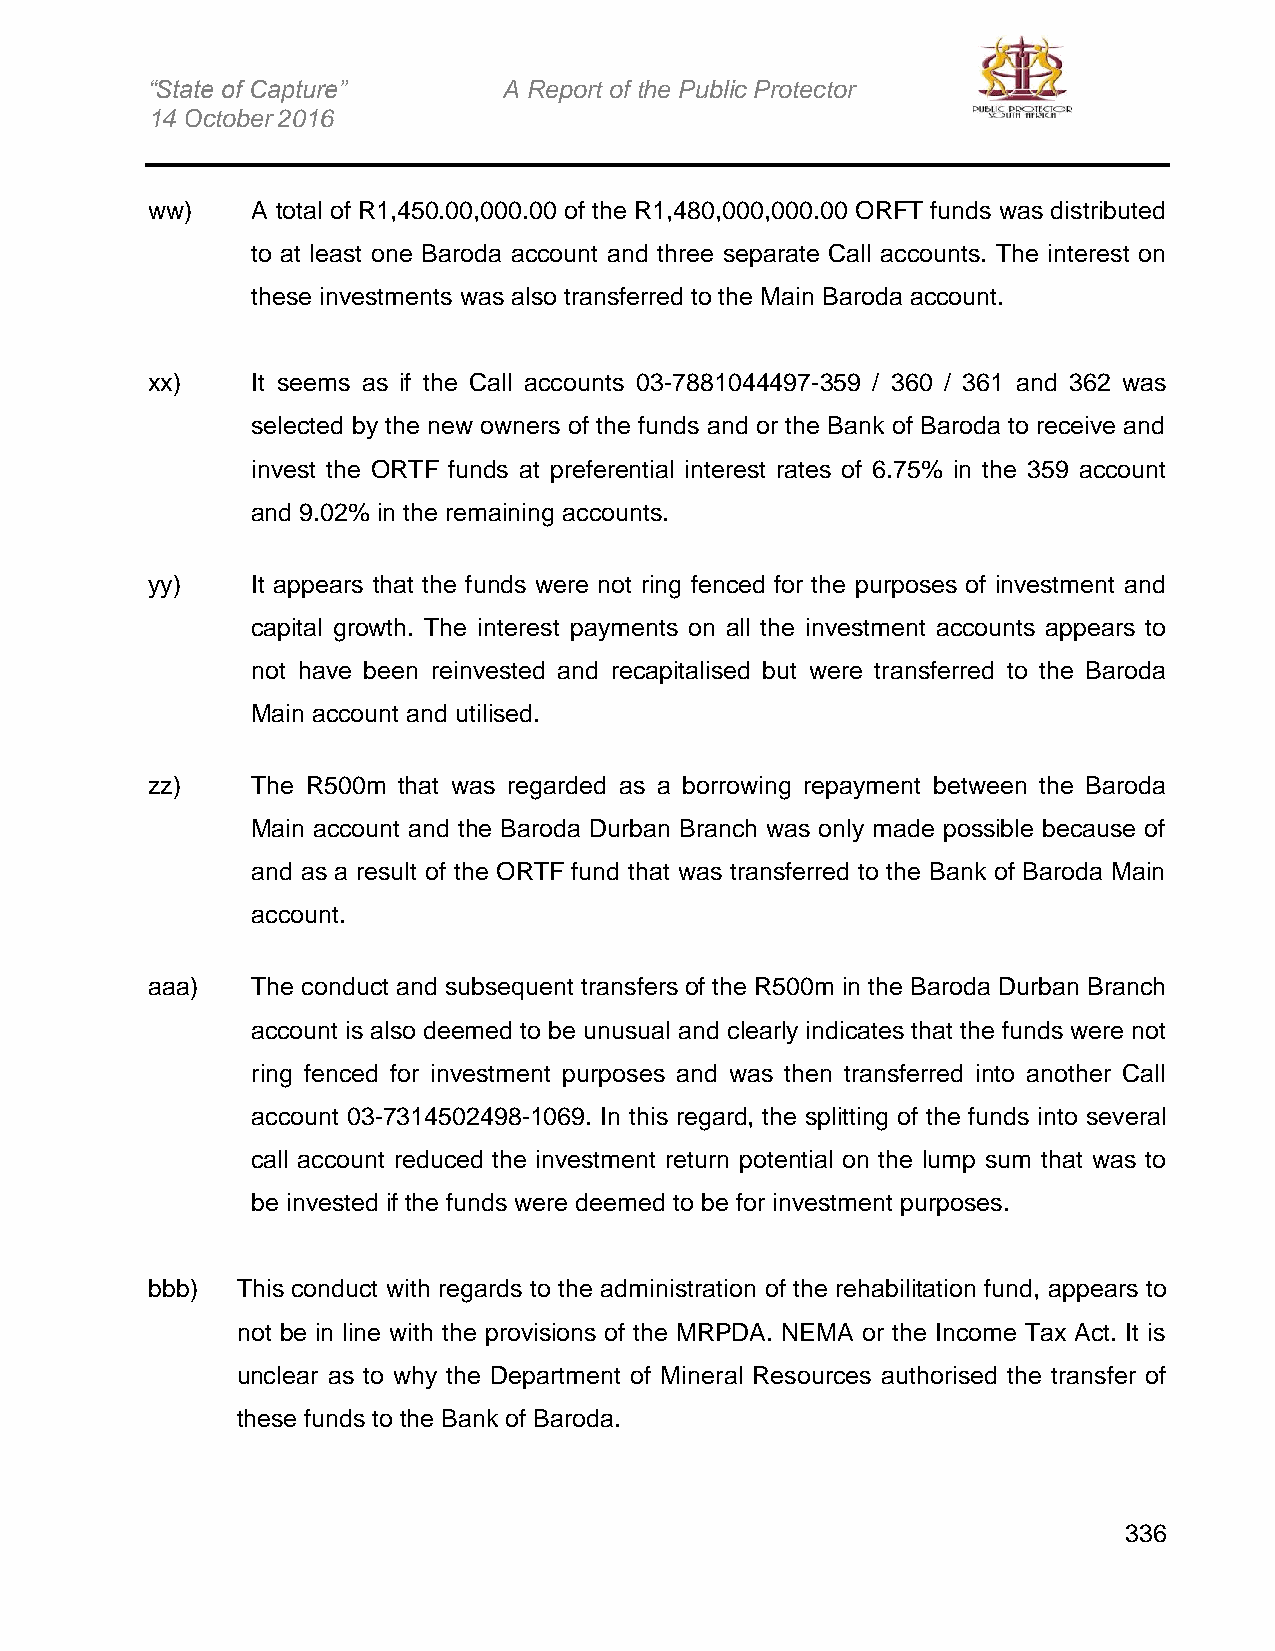
“State of Capture”     A Report of the Public Protector
 14 October 2016
 ww)    A total of R1,450.00,000.00 of the R1,480,000,000.00 ORFT funds was distributed
 to at least one Baroda account and three separate Call accounts. The interest on
 these investments was also transferred to the Main Baroda account.
 xx)    It seems as if the Call accounts 03-7881044497-359 / 360 / 361 and 362 was
 selected by the new owners of the funds and or the Bank of Baroda to receive and
 invest the ORTF funds at preferential interest rates of 6.75% in the 359 account
 and 9.02% in the remaining accounts.
 yy)    It appears that the funds were not ring fenced for the purposes of investment and
 capital growth. The interest payments on all the investment accounts appears to
 not have been reinvested and recapitalised but were transferred to the Baroda
 Main account and utilised.
 zz)    The R500m that was regarded as a borrowing repayment between the Baroda
 Main account and the Baroda Durban Branch was only made possible because of
 and as a result of the ORTF fund that was transferred to the Bank of Baroda Main
 account.
 aaa)   The conduct and subsequent transfers of the R500m in the Baroda Durban Branch
 account is also deemed to be unusual and clearly indicates that the funds were not
 ring fenced for investment purposes and was then transferred into another Call
 account 03-7314502498-1069. In this regard, the splitting of the funds into several
 call account reduced the investment return potential on the lump sum that was to
 be invested if the funds were deemed to be for investment purposes.
 bbb)  This conduct with regards to the administration of the rehabilitation fund, appears to
 not be in line with the provisions of the MRPDA. NEMA or the Income Tax Act. It is
 unclear as to why the Department of Mineral Resources authorised the transfer of
 these funds to the Bank of Baroda.
 336